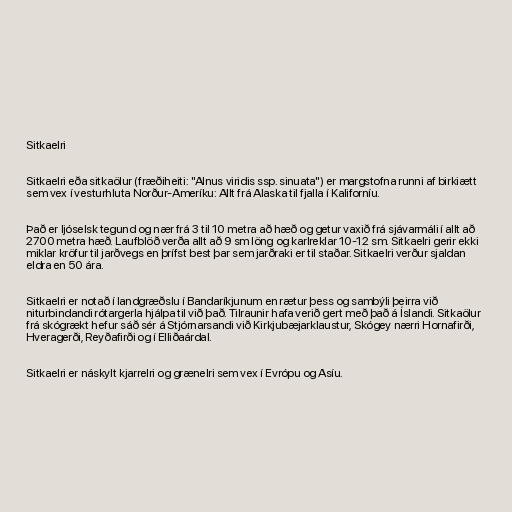
Sitkaelri

Sitkaelri eða sitkaölur (fræðiheiti: "Alnus viridis ssp. sinuata") er margstofna runni af birkiætt
sem vex í vesturhluta Norður-Ameríku: Allt frá Alaska til fjalla í Kaliforníu.

Það er ljóselsk tegund og nær frá 3 til 10 metra að hæð og getur vaxið frá sjávarmáli í allt að
2700 metra hæð. Laufblöð verða allt að 9 sm löng og karlreklar 10-12 sm. Sitkaelri gerir ekki
miklar kröfur til jarðvegs en þrífst best þar sem jarðraki er til staðar. Sitkaelri verður sjaldan
eldra en 50 ára.

Sitkaelri er notað í landgræðslu í Bandaríkjunum en rætur þess og sambýli þeirra við
niturbindandi rótargerla hjálpa til við það. Tilraunir hafa verið gert með það á Íslandi. Sitkaölur
frá skógrækt hefur sáð sér á Stjórnarsandi við Kirkjubæjarklaustur, Skógey nærri Hornafirði,
Hveragerði, Reyðafirði og í Elliðaárdal.

Sitkaelri er náskylt kjarrelri og grænelri sem vex í Evrópu og Asíu.